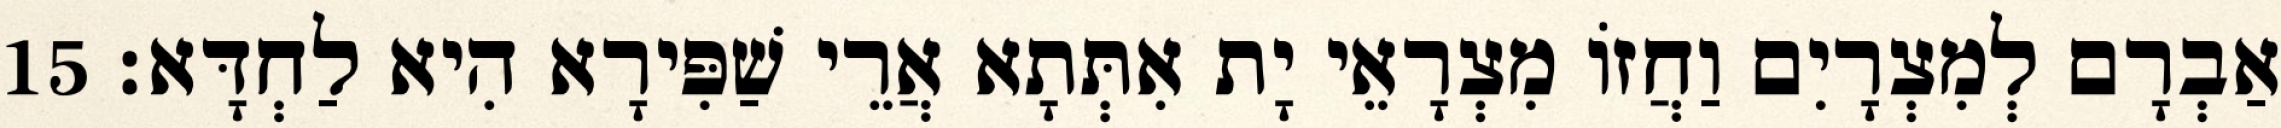
אַבְרָם לְמִצְרָיִם וַחֲזוֹ מִצְרָאֵי יָת אִתְּתָא אֲרֵי שַׁפִּירָא הִיא לַחְדָּא׃ 15